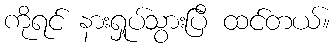
ကိုရင် နားရှုပ်သွားပြီ ထင်တယ်။